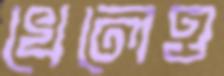
খেলেও